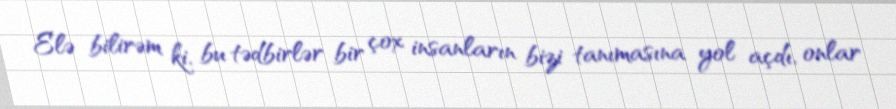
Elə bilirəm ki, bu tədbirlər bir çox insanların bizi tanımasına yol açdı, onlar